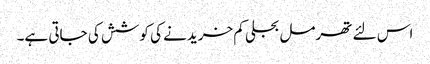
اس لئے تھرمل بجلی کم خریدنے کی کوشش کی جاتی ہے۔